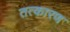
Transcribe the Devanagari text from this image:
तत्कारण